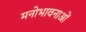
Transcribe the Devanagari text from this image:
मनोभावनाआें